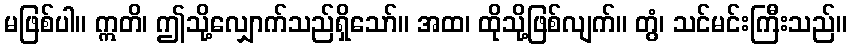
မဖြစ်ပါ။ ဣတိ၊ ဤသို့လျှောက်သည်ရှိသော်။ အထ၊ ထိုသို့ဖြစ်လျက်။ တွံ၊ သင်မင်းကြီးသည်။